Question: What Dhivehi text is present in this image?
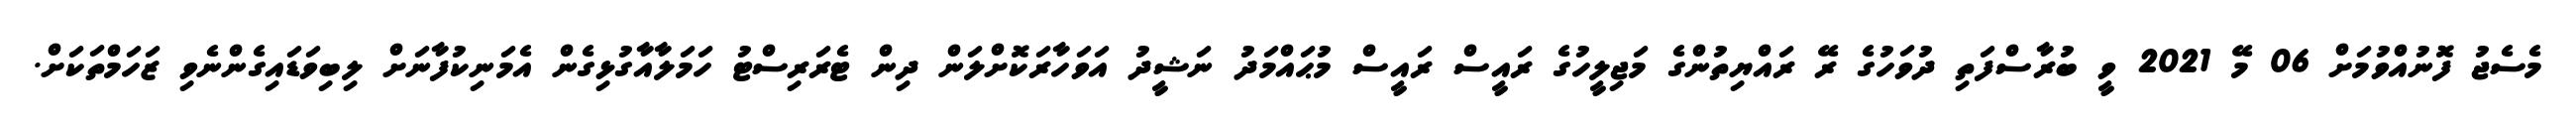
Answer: މެސެޖު ފޮނުއްވުމަށް 06 މޭ 2021 ވީ ބުރާސްފަތި ދުވަހުގެ ރޭ ރައްޔިތުންގެ މަޖިލީހުގެ ރައީސް ރައީސް މުޙައްމަދު ނަޝީދު އަވަހާރަކޮށްލަން ދިން ޓެރަރިސްޓު ހަމަލާއާގުޅިގެން އެމަނިކުފާނަށް ލިބިވަޑައިގެންނެވި ޒަހަމްތަކަށް.